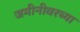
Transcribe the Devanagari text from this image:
जमीनीवरच्या